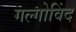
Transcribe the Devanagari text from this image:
गल्गोविंद